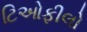
ટિઓફીલો